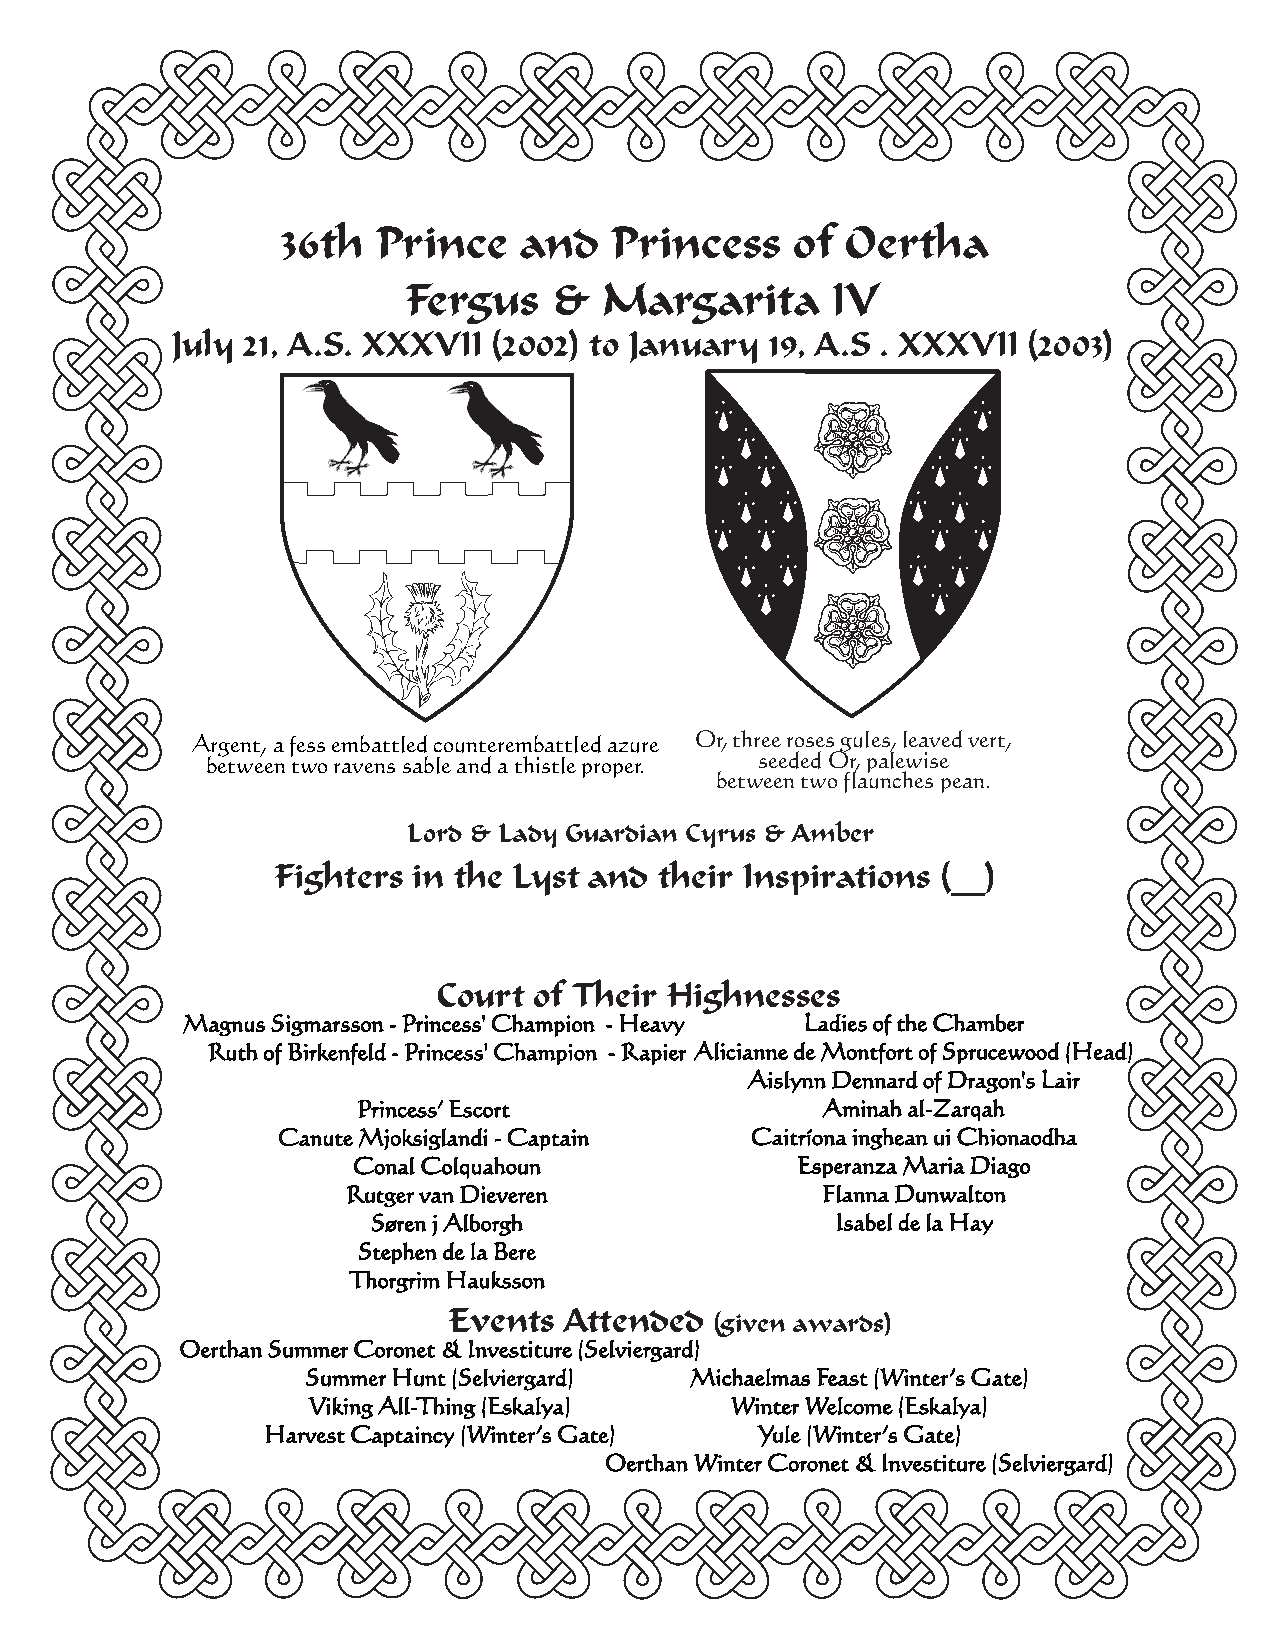
36th  Prince   and   Princess     of Oertha
 Fergus    &  Margarita      IV
 July 21, A.S. XXXVII  (2002) to January 19, A.S . XXXVII (2003)
 Argent, a fess embattled counterembattled azure Or, three roses gules, leaved vert,
 between two ravens sable and a thistle proper. seeded Or, palewise
 between two flaunches pean.
 Lord & Lady Guardian Cyrus & Amber
 Fighters in the Lyst and  their Inspirations (__)
 CCoouurrtt ooff TThheeiirr HHiigghhnneesssseess
 Magnus Sigmarsson - Princess' Champion - Heavy Ladies of the Chamber
 Ruth of Birkenfeld - Princess' Champion - Rapier Alicianne de Montfort of Sprucewood (Head)
 Aislynn Dennard of Dragon's Lair
 Princess’ Escort              Aminah al-Zarqah
 Canute Mjoksiglandi - Captain   Caitríona inghean ui Chionaodha
 Conal Colquahoun              Esperanza Maria Diago
 Rutger van Dieveren            Flanna Dunwalton
 Søren j Alborgh               Isabel de la Hay
 Stephen de la Bere
 Thorgrim Hauksson
 Events Attended
 (given awards)
 Oerthan Summer Coronet & Investiture (Selviergard)
 Summer Hunt (Selviergard) Michaelmas Feast (Winter’s Gate)
 Viking All-Thing (Eskalya)  Winter Welcome (Eskalya)
 Harvest Captaincy (Winter’s Gate) Yule (Winter’s Gate)
 Oerthan Winter Coronet & Investiture (Selviergard)